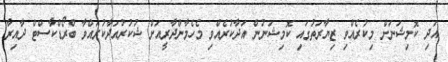
އަދި ކޮމިޝަނަށް މިކުރެއްވި ޒިޔާރަތުގައި ކޮމިޝަނުން އަދާކުރެއްވި މެހެމާންދާރީއަށް ޝުކުރުއަދާކުރައްވާ ބްރޯޑްކާސްޓް ދާއިރާ